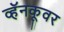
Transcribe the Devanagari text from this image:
व्हॅनकूवर